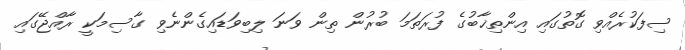
ސިފަކުރެއްވި ގޮތުގައި އިންތިޚާބުގެ ފުރަތަމަ ބުރުން ތިން ވަނަ ލިބިވަޑައިގެންނެވި ގާސިމަކީ ރާއްޖޭގައި